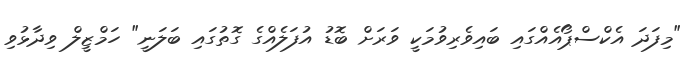
"މިފަދަ އެކްސްޕޯއެއްގައި ބައިވެރިވުމަކީ ވަރަށް ބޮޑު އުފަލެއްގެ ގޮތުގައި ބަލަނީ" ހަމްޒީލް ވިދާޅުވި